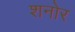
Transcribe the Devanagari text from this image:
शनोर